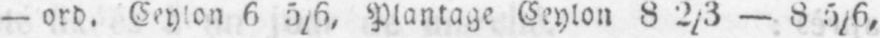
- ord. Ceylon 6 5/6, Plantage Ceylon 8 2/3 - 8 5/6,